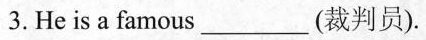
3. He is a famous___(裁判员).